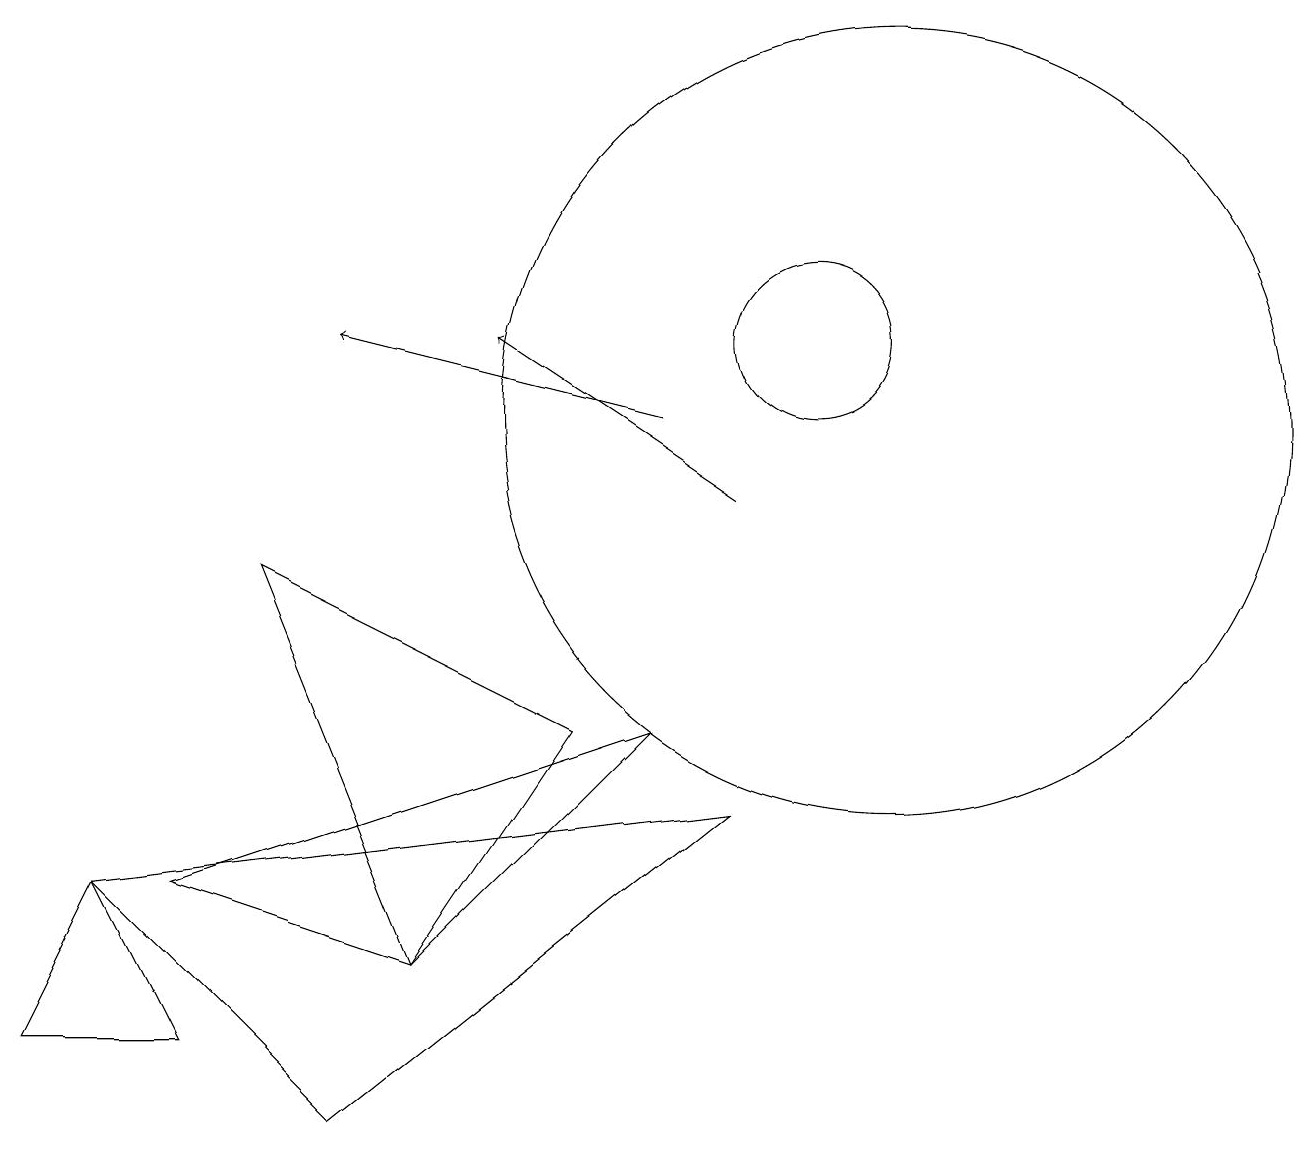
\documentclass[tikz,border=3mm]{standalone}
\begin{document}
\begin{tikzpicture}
\draw (8,7) -- (2,5) -- (5,4) -- cycle;
\draw (10,12) circle (1);
\draw[->] (9,10) -- (6,12);
\draw (9,6) -- (1,5) -- (4,2) -- cycle;
\draw (11,11) circle (5);
\draw (1,5) -- (0,3) -- (2,3) -- cycle;
\draw[->] (8,11) -- (4,12);
\draw (7,7) -- (5,4) -- (3,9) -- cycle;
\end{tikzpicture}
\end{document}